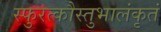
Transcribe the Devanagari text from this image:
स्फुरत्कौस्तुभालंकृतं